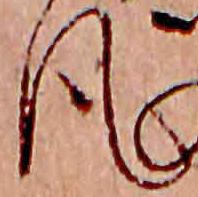
風